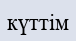
күттім